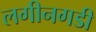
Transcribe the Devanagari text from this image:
लगीनगडी